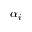
\alpha _ { i }